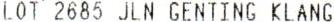
LOT 2685 JLN GENTING KLANG